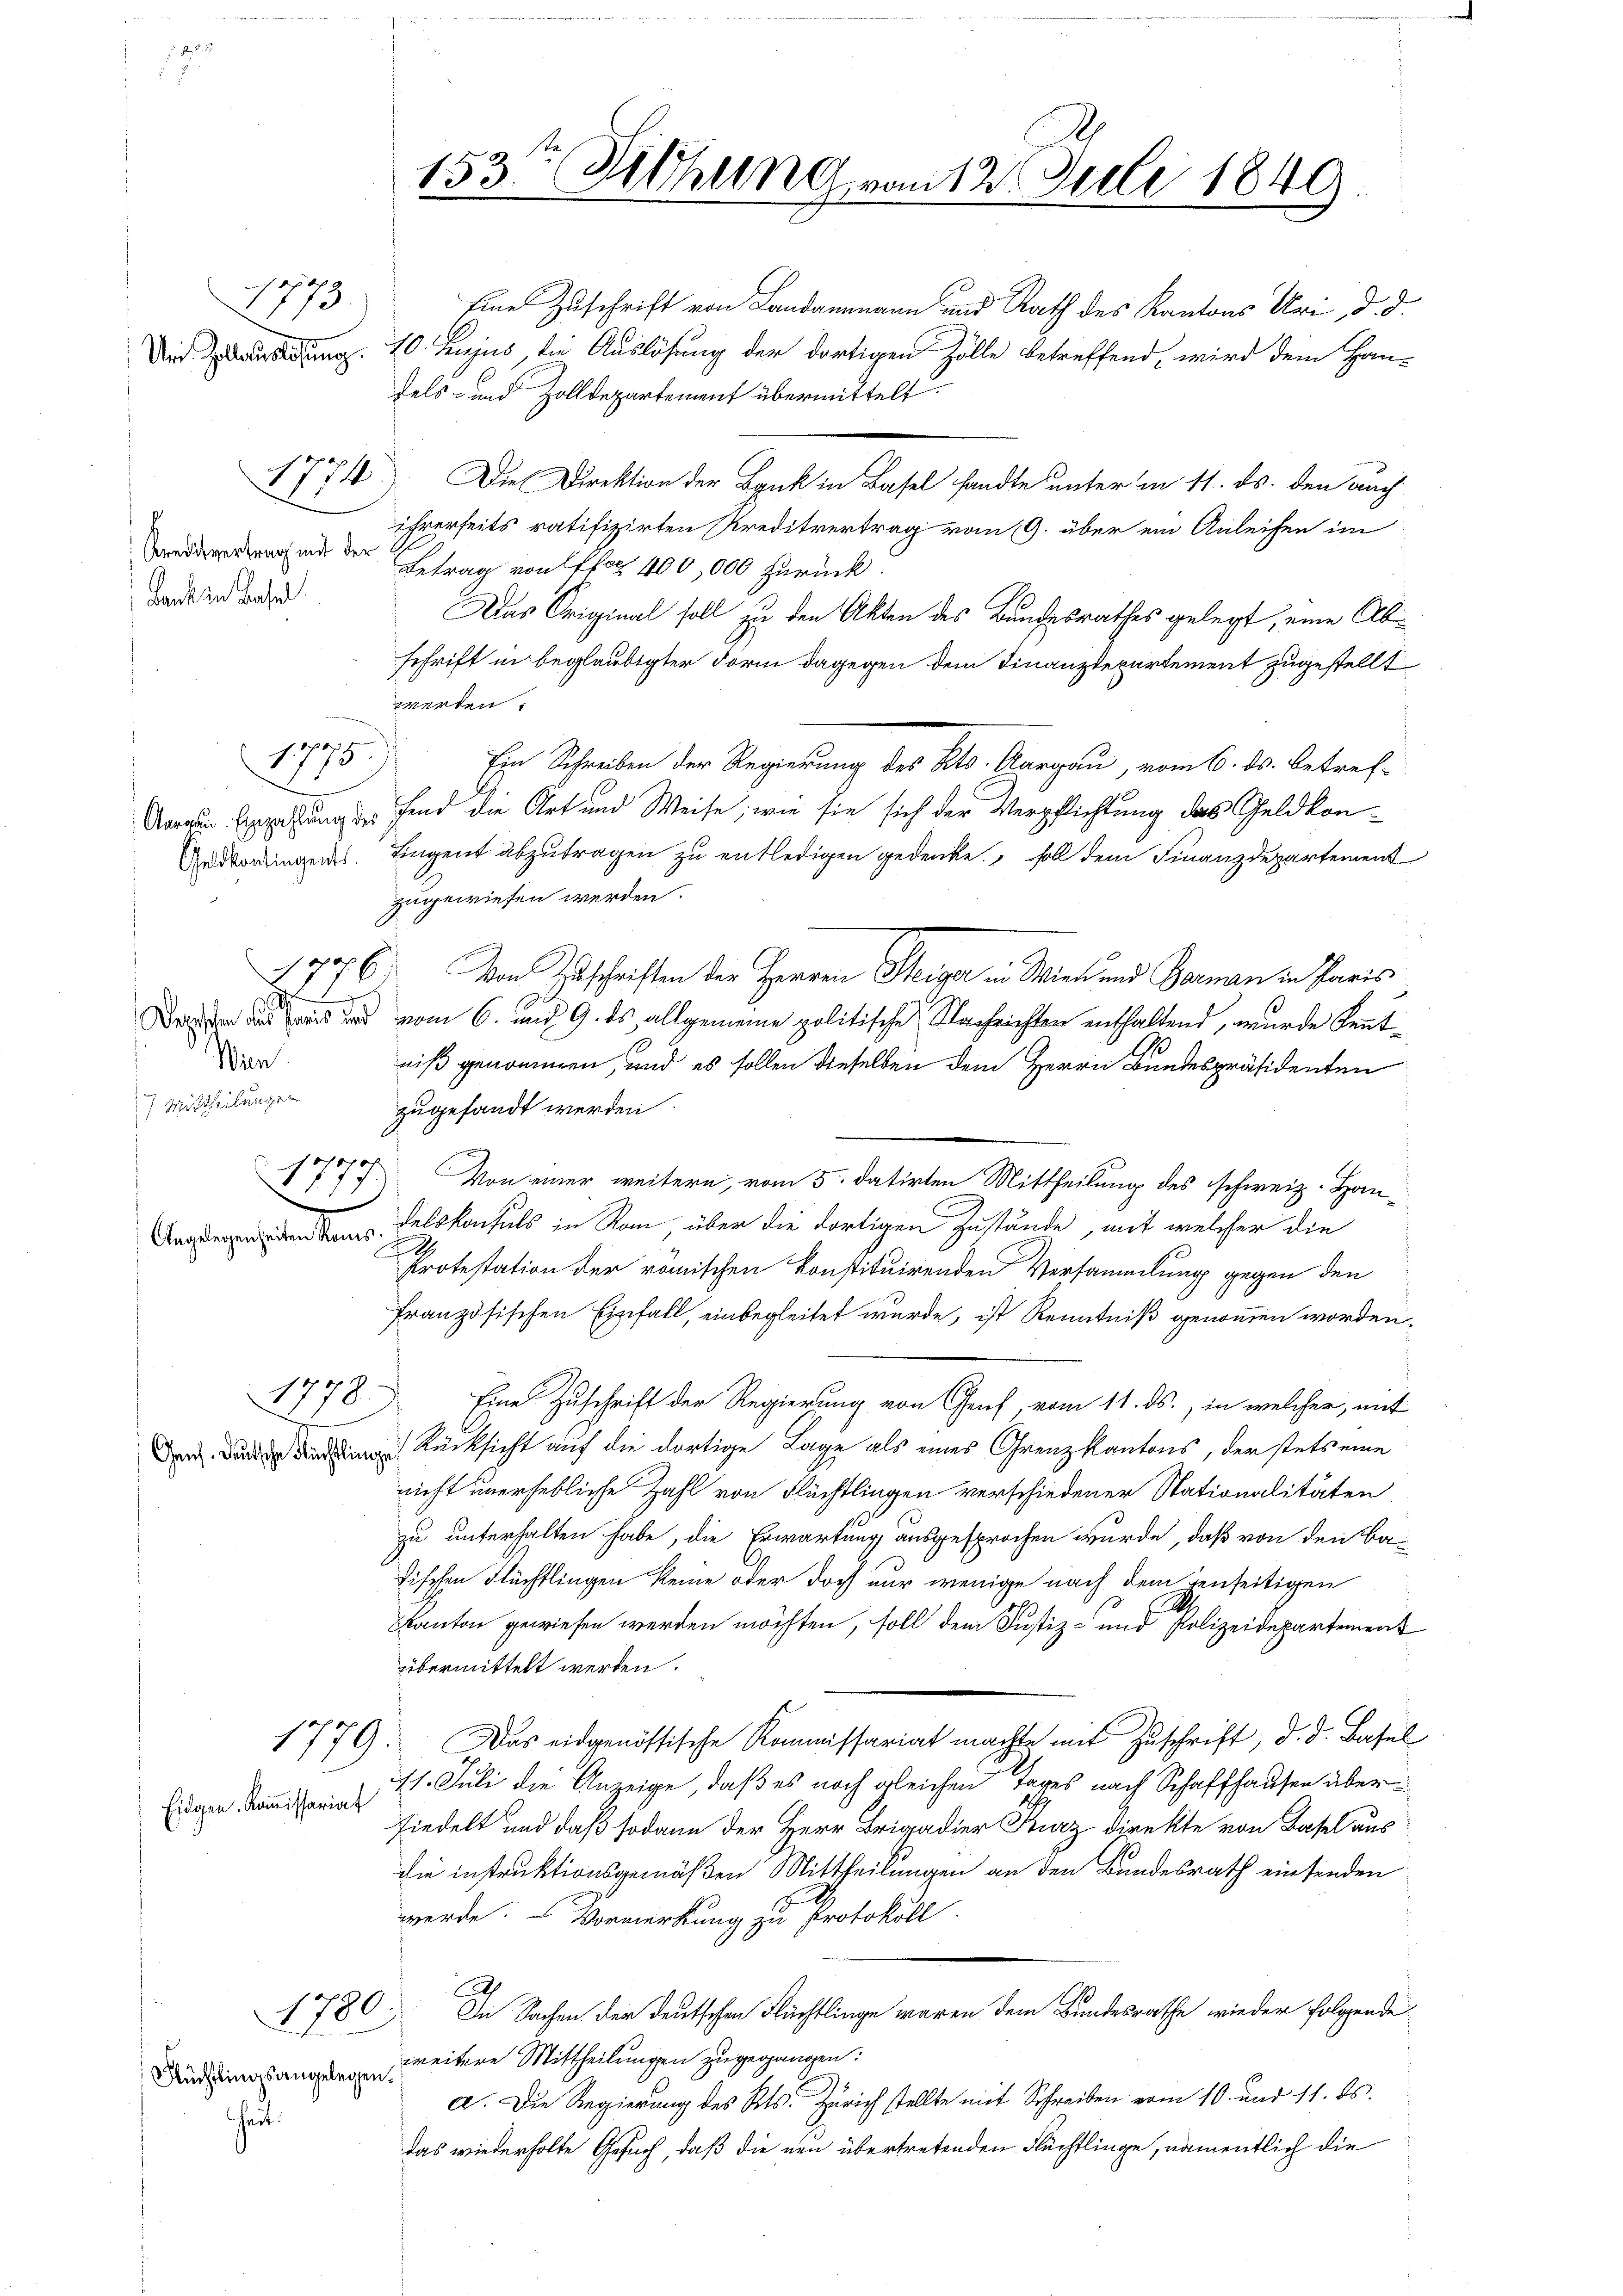
Kreditvertrag mit der
Bank zu Basel

1773.

i
Wien
Mittheilungen

1775

1777.
.

1778.

Eidgen. Kommissariat

Rüchtlingsangelegen.

heit.

Eine Zuschrift von Landammann und Rath des Kantons Uri, d. d.
Und dung 10. hujus, die Auslösung der dortigen Zölle betreffend, wird dem Han-
fels- und Zolldepartement übermittelt.
1774. Die Direktion der Bank in Basel sandte unter in 11. ds. den auch
ihrerseits ratifizirten Kreditvertrag vom 9. über ein Anleihen im
Betrag von Plan 400,000 zurück.
Das Original soll zu den Akten des Bundesrathes gelegt, eine Abschrift in beglaubigter Form dagegen dem Finanzdepartement zugestellt
werden.
Ein Schreiben der Regierung des Kts. Aargau, vom 6. ds. betref-
Morgen Expertung des Hand die Art und Weise, wie sie sich der Verpflichtung das Geldkon¬
Gedvorringens. Eingent abzutragen zu entledigen gedenke, soll dem Finanzdepartement
zugewiesen werden.
1776. Von Zuschriften der Herren Steiger in Wien und Germann in Paris
Deser das reis und vom 6. und 9. ds. allgemeine politische Nachrichten enthaltend, wurde Kenntniß genommen, und es sollen dieselben dem Herrn Bundespräsidenten
zugesandt werden.
Von einer weitern, vom 5. datirten Mittheilung des schweiz. Handen den Felskonsuls in Rom, über die dortigen Zustände, mit welcher die
2
Protestation der römischen konstituirenden Versammlung gegen den
französischen Einfall, einbegleitet wurde, ist Kenntniß genommen worden,
Eine Zuschrift der Regierung von Genf, vom 11. ds., in welcher, mit
 Rücksicht auf die dortige Lage als eines Grenzkantons, der stets eine
nicht unerhebliche Zahl von Flüchtlingen verschiedener Stationalitäten
zu unterhalten habe, die Erwartung ausgesprochen wurde, daß von den Badischen Flüchtlingen keine oder doch nur wenige nach dem jenseitigen
Kanton gewiesen werden möchten, soll dem Justiz- und Polizeidepartement
übermittelt werden.
1779. Das eidgenössische Kommissariat machte mit Zuschrift, d. d. Basel
11. Juli die Anzeige, daß es noch gleichen Tages nach Schaffhausen überfiedelt und daß sodann der Herr Brigadier Kurz direkte von Basel aus
die instruktionsgemäßen Mittheilungen an den Bundesrath einsenden
werde. Vormerkung zu Protokoll
1780. In Sachen der deutschen Flüchtlinge waren dem Bundesrathe wieder folgende
weitere Mittheilungen zugegangen:
a. Die Regierung des Kts. Zürich stellte mit Schreiben vom 10. und 11. ds.
das wiederholte Gesuch, daß die neu übertretenden Flüchtlinge, namentlich die

153te Sitzung vom 12. Juli 1849